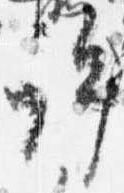
許